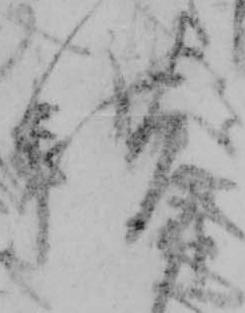
借